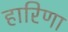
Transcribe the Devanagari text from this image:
हारिणा